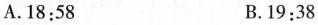
A.$$1 8 : 5 8$$ B.$$1 9 : 3 8$$